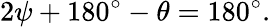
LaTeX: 2\psi+180^{\circ}-\theta=180^{\circ}.